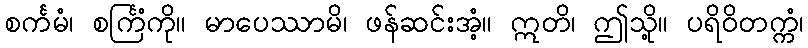
စင်္ကမံ၊ စင်္ကြံကို။ မာပေဿာမိ၊ ဖန်ဆင်းအံ့။ ဣတိ၊ ဤသို့။ ပရိဝိတက္ကံ၊